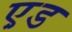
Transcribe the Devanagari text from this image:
ए़ड